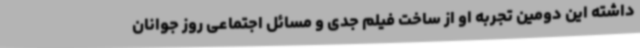
داشته این دومین تجربه او از ساخت فیلم جدی و مسائل اجتماعی روز جوانان